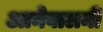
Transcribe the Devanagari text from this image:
आनेवालनी